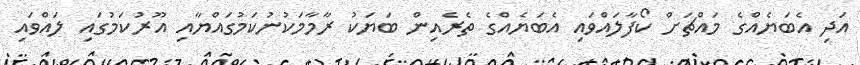
އަދި އެބަޔެއްގެ މައްޗަށް ކޯފާލައްވައި އެބަޔެއްގެ ތެރެއިން ބަޔަކު ރާމާމަކުނުކަމުގައްޔާއި އޫރުކަމުގައި ލައްވައި